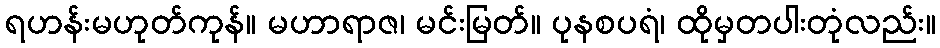
ရဟန်းမဟုတ်ကုန်။ မဟာရာဇ၊ မင်းမြတ်။ ပုနစပရံ၊ ထိုမှတပါးတုံလည်း။